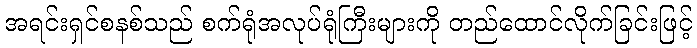
အရင်းရှင်စနစ်သည် စက်ရုံအလုပ်ရုံကြီးများကို တည်ထောင်လိုက်ခြင်းဖြင့်